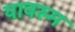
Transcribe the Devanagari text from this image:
यावरुम